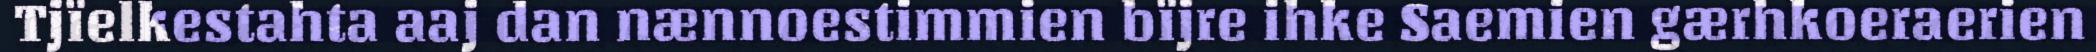
Tjïelkestahta aaj dan nænnoestimmien bïjre ihke Saemien gærhkoeraerien